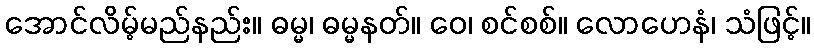
အောင်လိမ့်မည်နည်း။ ဓမ္မ၊ ဓမ္မနတ်။ ဝေ၊ စင်စစ်။ လောဟေနံ၊ သံဖြင့်။